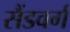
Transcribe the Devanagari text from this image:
सैंडवर्ग